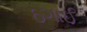
ઠગાઈ